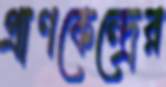
প্রাণকেন্দ্রের